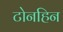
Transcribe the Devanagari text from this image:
टोनहिन